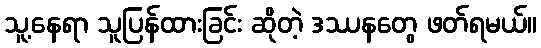
သူ့နေရာ သူပြန်ထားခြင်း ဆိုတဲ့ ဒဿနတွေ ဖတ်ရမယ်။